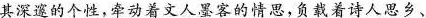
其深邃的个性，牵动着文人墨客的情思，负载着诗人思乡、